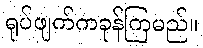
ရုပ်ဖျက်ကခုန်ကြမည်။